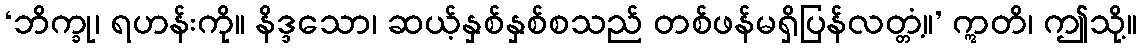
‘ဘိက္ခု၊ ရဟန်းကို။ နိဒ္ဒသော၊ ဆယ့်နှစ်နှစ်စသည် တစ်ဖန်မရှိပြန်လတ္တံ့။’ ဣတိ၊ ဤသို့။